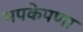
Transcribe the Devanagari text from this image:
भपकेपणा